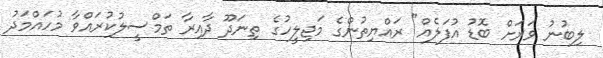
ލިބުނު ވަރަށް ބޮޑު އުފަލެއް" ރައްޔިތުންގެ މަޖިލީހުގެ ތިނަދޫ ދާއިރާ ތަމްސީލުކުރައްވާ މުހައްމަދު